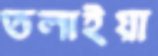
তলাইয়া